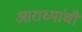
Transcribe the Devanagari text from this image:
आराध्यांची